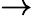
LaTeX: \boldsymbol{\rightarrow}